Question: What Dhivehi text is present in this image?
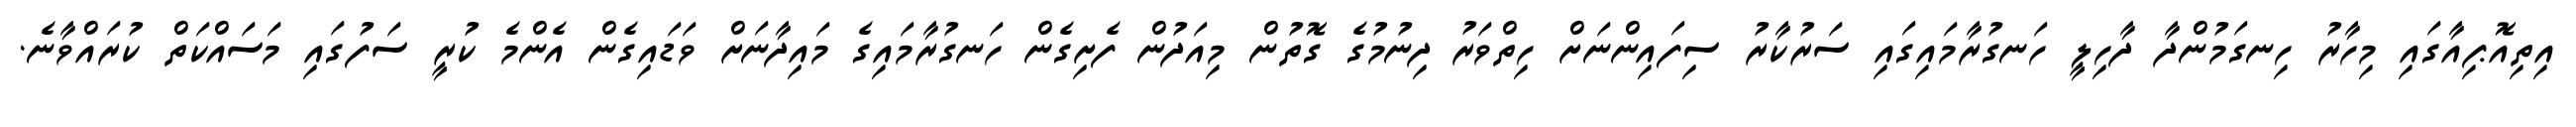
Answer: އިތިއޮޕިއާގައި މިހާރު ހިނގަމުންދާ ދާހިލީ ހަނގުރާމައިގައި ސަރުކާރު ސިފައިންނަށް ހިތްވަރު ދިނުމުގެ ގޮތުން މިއަދުން ފެށިގެން ހަނގުރާމައިގެ މައިދާނަށް ވަޑައިގެން އެންމެ ކުރީ ސަފުގައި މަސައްކަތް ކުރައްވާނެ.